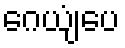
ဂေယျံပေ